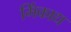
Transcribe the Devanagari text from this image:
मिंकाद्य